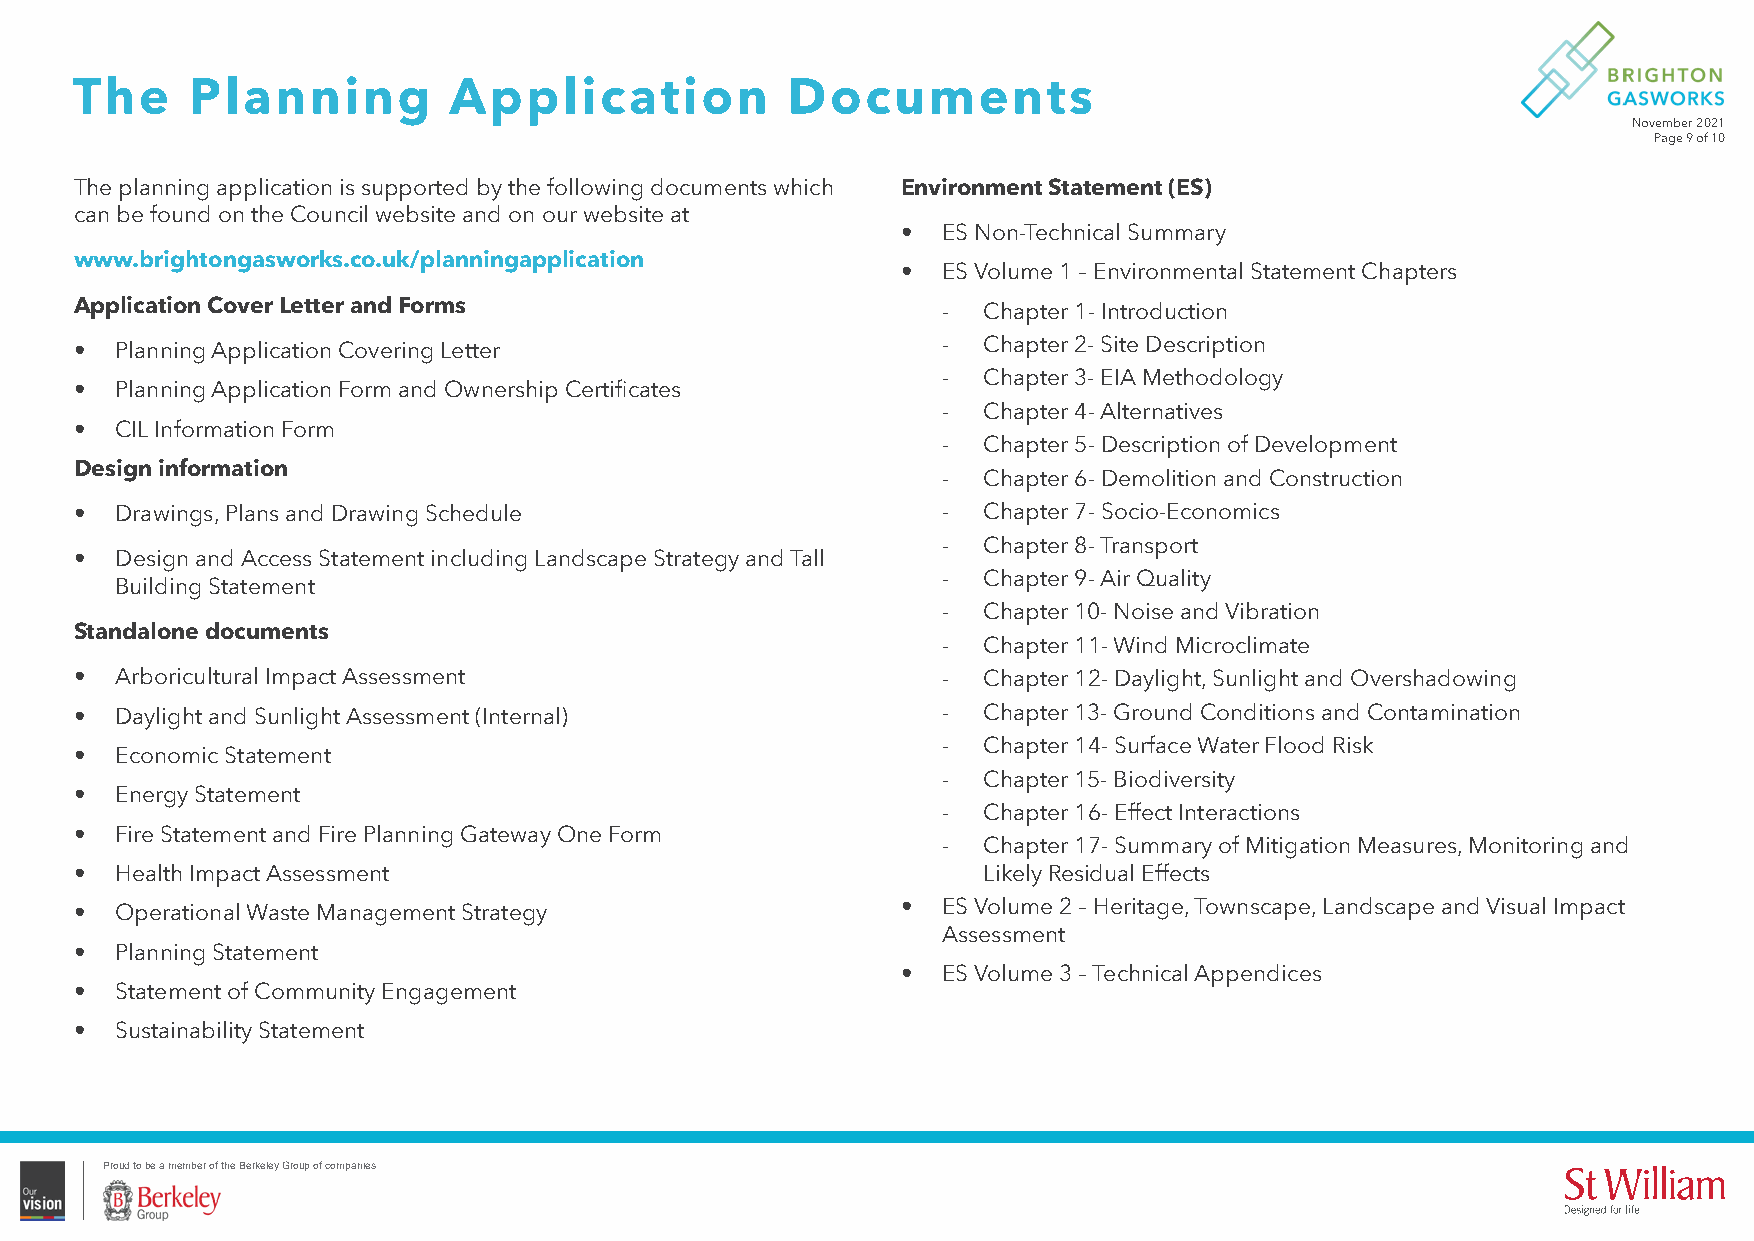
The     Planning         Application           Documents
 November 2021
 Page 9 of 10
 The planning application is supported by the following documents which Environment Statement (ES)
 can be found on the Council website and on our website at
 • ES Non-Technical Summary
 www.brightongasworks.co.uk/planningapplication
 • ES Volume 1 – Environmental Statement Chapters
 Application Cover Letter and Forms                       -  Chapter 1- Introduction
 •  Planning Application Covering Letter                  -  Chapter 2- Site Description
 -  Chapter 3- EIA Methodology
 •  Planning Application Form and Ownership Certificates
 -  Chapter 4- Alternatives
 •  CIL Information Form
 -  Chapter 5- Description of Development
 Design information
 -  Chapter 6- Demolition and Construction
 •  Drawings, Plans and Drawing Schedule                  -  Chapter 7- Socio-Economics
 -  Chapter 8- Transport
 •  Design and Access Statement including Landscape Strategy and Tall
 -  Chapter 9- Air Quality
 Building Statement
 -  Chapter 10- Noise and Vibration
 Standalone documents
 -  Chapter 11- Wind Microclimate
 •  Arboricultural Impact Assessment                      -  Chapter 12- Daylight, Sunlight and Overshadowing
 •  Daylight and Sunlight Assessment (Internal)           -  Chapter 13- Ground Conditions and Contamination
 -  Chapter 14- Surface Water Flood Risk
 •  Economic Statement
 -  Chapter 15- Biodiversity
 •  Energy Statement
 -  Chapter 16- Effect Interactions
 •  Fire Statement and Fire Planning Gateway One Form
 -  Chapter 17- Summary of Mitigation Measures, Monitoring and
 •  Health Impact Assessment                                 Likely Residual Effects
 •  Operational Waste Management Strategy               • ES Volume 2 – Heritage, Townscape, Landscape and Visual Impact
 Assessment
 •  Planning Statement
 • ES Volume 3 – Technical Appendices
 •  Statement of Community Engagement
 •  Sustainability Statement
 Proud to be a member of the Berkeley Group of companies